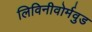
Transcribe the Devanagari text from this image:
लिविनीवोर्मवुड